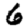
Digit: 6